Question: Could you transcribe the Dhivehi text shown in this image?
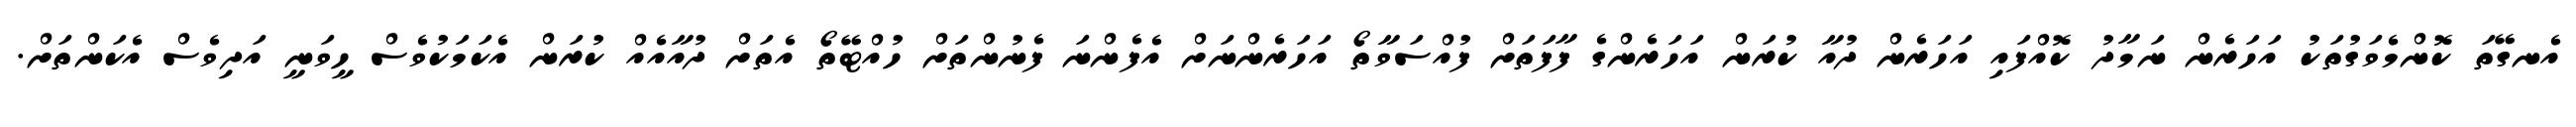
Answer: އެނގޭތަ ކޮންމެވަގުތަކު އަހަރެން ނަމާދު ކޮއްފައި އަހަރެން ދުއާ ކުރަން އަހަރެންގެ ފާފަތަށް ފުއްސަވާތޯ އަހަރެންނަށް އެފެންނަ ފެނުންތަށް ހުއްޓޭތޯ އެތަށް ދުއާއެއް ކުރަން އެކަމަކުވެސް ހީވަނީ އަދިވެސް އެކަންތަށް.